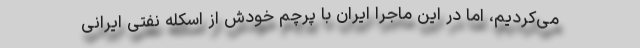
می‌کردیم، اما در این ماجرا ایران با پرچم خودش از اسکله نفتی ایرانی